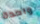
واحدة